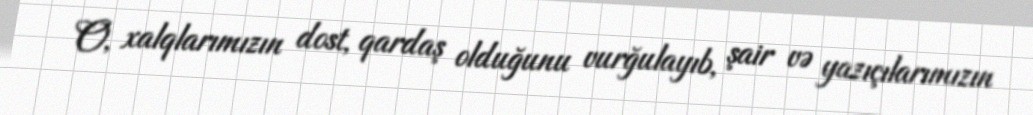
O, xalqlarımızın dost, qardaş olduğunu vurğulayıb, şair və yazıçılarımızın